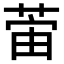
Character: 𫈛